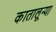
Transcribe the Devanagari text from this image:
कातालून्या